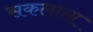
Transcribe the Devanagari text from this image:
सकलाना